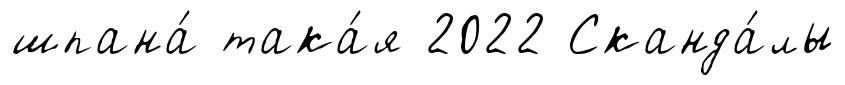
шпана́ така́я 2022 Сканда́лы